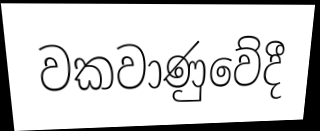
වකවාණුවේදී